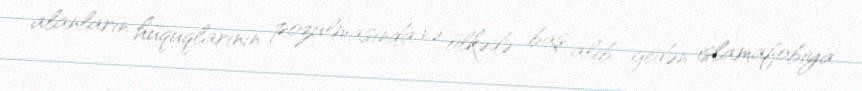
alanların hüquqlarının pozulmasında və ölkədə baş alıb gedən islamafobiya